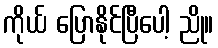
ကိုယ် ပြောနိုင်ပြီပေါ့ ညို။